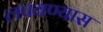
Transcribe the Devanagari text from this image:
लपवण्यास